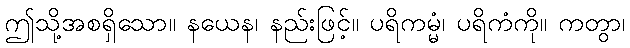
ဤသို့အစရှိသော။ နယေန၊ နည်းဖြင့်။ ပရိကမ္မံ၊ ပရိကံကို။ ကတွာ၊